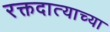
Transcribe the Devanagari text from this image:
रक्तदात्याच्या